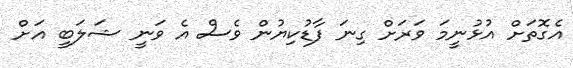
އެގޮތަށް އުޅުނީމަ ވަރަށް ގިނަ ފާޑުކިޔުން ވެސް އެ ވަނީ ޝަލަބީ އަށް